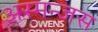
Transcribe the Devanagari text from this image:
अस्मन्जस